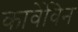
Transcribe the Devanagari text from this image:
कार्वेविन